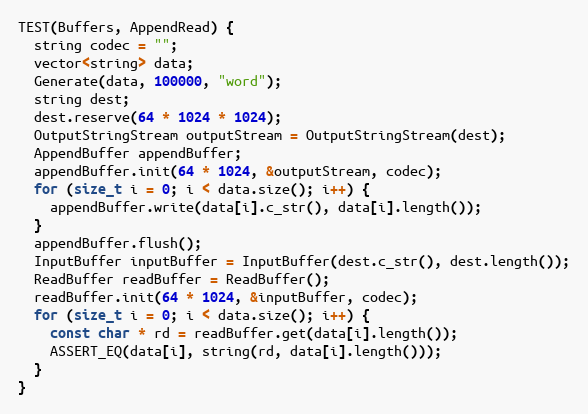
Language: C++
TEST(Buffers, AppendRead) {
  string codec = "";
  vector<string> data;
  Generate(data, 100000, "word");
  string dest;
  dest.reserve(64 * 1024 * 1024);
  OutputStringStream outputStream = OutputStringStream(dest);
  AppendBuffer appendBuffer;
  appendBuffer.init(64 * 1024, &outputStream, codec);
  for (size_t i = 0; i < data.size(); i++) {
    appendBuffer.write(data[i].c_str(), data[i].length());
  }
  appendBuffer.flush();
  InputBuffer inputBuffer = InputBuffer(dest.c_str(), dest.length());
  ReadBuffer readBuffer = ReadBuffer();
  readBuffer.init(64 * 1024, &inputBuffer, codec);
  for (size_t i = 0; i < data.size(); i++) {
    const char * rd = readBuffer.get(data[i].length());
    ASSERT_EQ(data[i], string(rd, data[i].length()));
  }
}